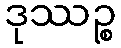
ဒုဿဉ္စ